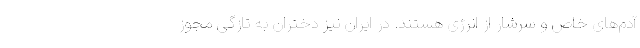
آدم‌های خاص و سرشار از انرژی هستند. در ایران نیز دختران به تازگی مجوز